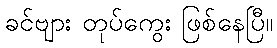
ခင်ဗျား တုပ်ကွေး ဖြစ်နေပြီ။